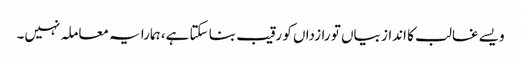
ویسے غالب کا انداز بیاں تو رازداں کو رقیب بنا سکتا ہے، ہمارا یہ معاملہ نہیں۔